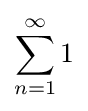
\sum _{n=1}^{\infty }1